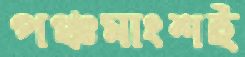
পঞ্চমাংশই